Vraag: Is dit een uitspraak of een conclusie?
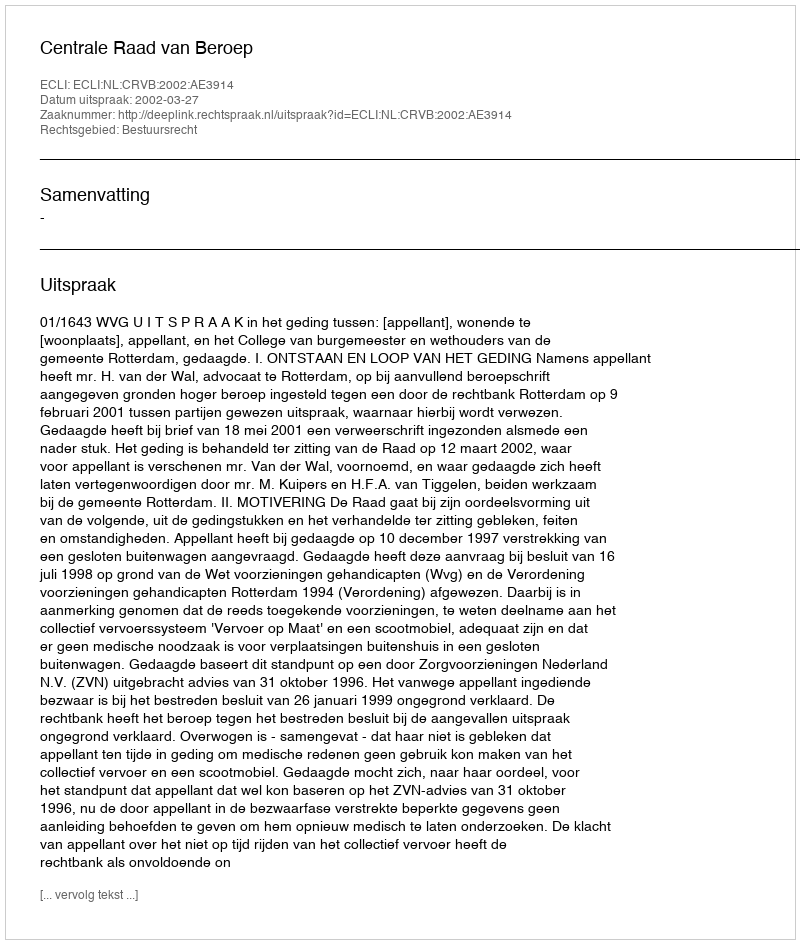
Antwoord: Uitspraak